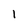
Character: I